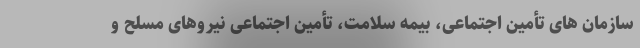
سازمان های تأمین اجتماعی، بیمه سلامت، تأمین اجتماعی نیروهای مسلح و